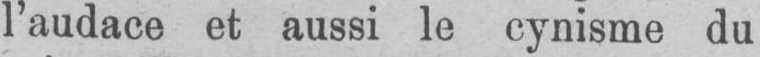
l’audace et aussi le cynisme du